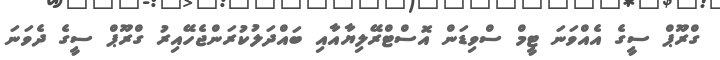
ގްރޫޕް ސީގެ އެއްވަނަ ޓީމް ސްވިޑަން އޮސްޓްރޭލިޔާއާއި ބައްދަލުކުރަންޖެހޭއިރު ގްރޫޕް ސީގެ ދެވަނަ